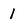
Character: 1